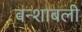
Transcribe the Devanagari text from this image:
वन्शाबली